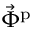
\vec { \Phi } ^ { \mathrm { p } }